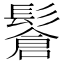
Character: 𩮩